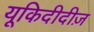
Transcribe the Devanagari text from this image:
यूकिदीदीज़